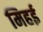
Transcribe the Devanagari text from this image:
मिहई